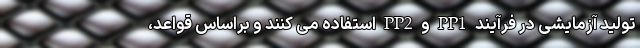
تولید آزمایشی در فرآیند PP1 و PP2 استفاده می کنند و براساس قواعد،